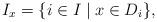
LaTeX: \begin{align*}I_{x}=\{i\in I\; |\; x\in D_{i}\}, \end{align*}